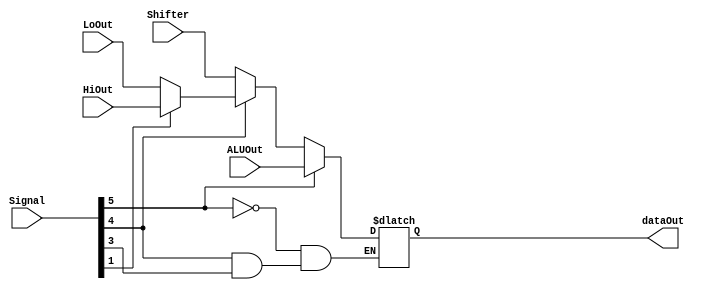
`timescale 1ns/1ns
module MUX( ALUOut, HiOut, LoOut, Shifter, Signal, dataOut );
input [31:0] ALUOut ;
input [31:0] HiOut ;
input [31:0] LoOut ;
input [31:0] Shifter ;
input [5:0] Signal ;
output [31:0] dataOut ;


reg [31:0] temp ;

parameter AND = 6'b100100;
parameter OR  = 6'b100101;
parameter ADD = 6'b100000;
parameter SUB = 6'b100010;
parameter SLT = 6'b101010;

parameter SRL = 6'b000010;

parameter MULT= 6'b011001;
parameter MFHI= 6'b010000;
parameter MFLO= 6'b010010;

always@( ALUOut or HiOut or LoOut or Shifter or Signal )
begin
	if ( Signal[5] ) begin
		temp <= ALUOut;
	end

	else begin
		if ( Signal[4] ) begin
			if ( !Signal[3] ) begin
				if ( Signal[1] ) begin
					temp <= HiOut;
				end
				else begin
					temp <= LoOut;
				end
			end
		end

		else begin
			temp <= Shifter;
		end
	end

end
assign dataOut = temp ;

endmodule